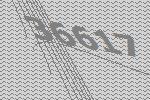
36617